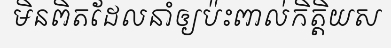
មិនពិតដែលនាំឲ្យប៉ះពាល់កិត្តិយស